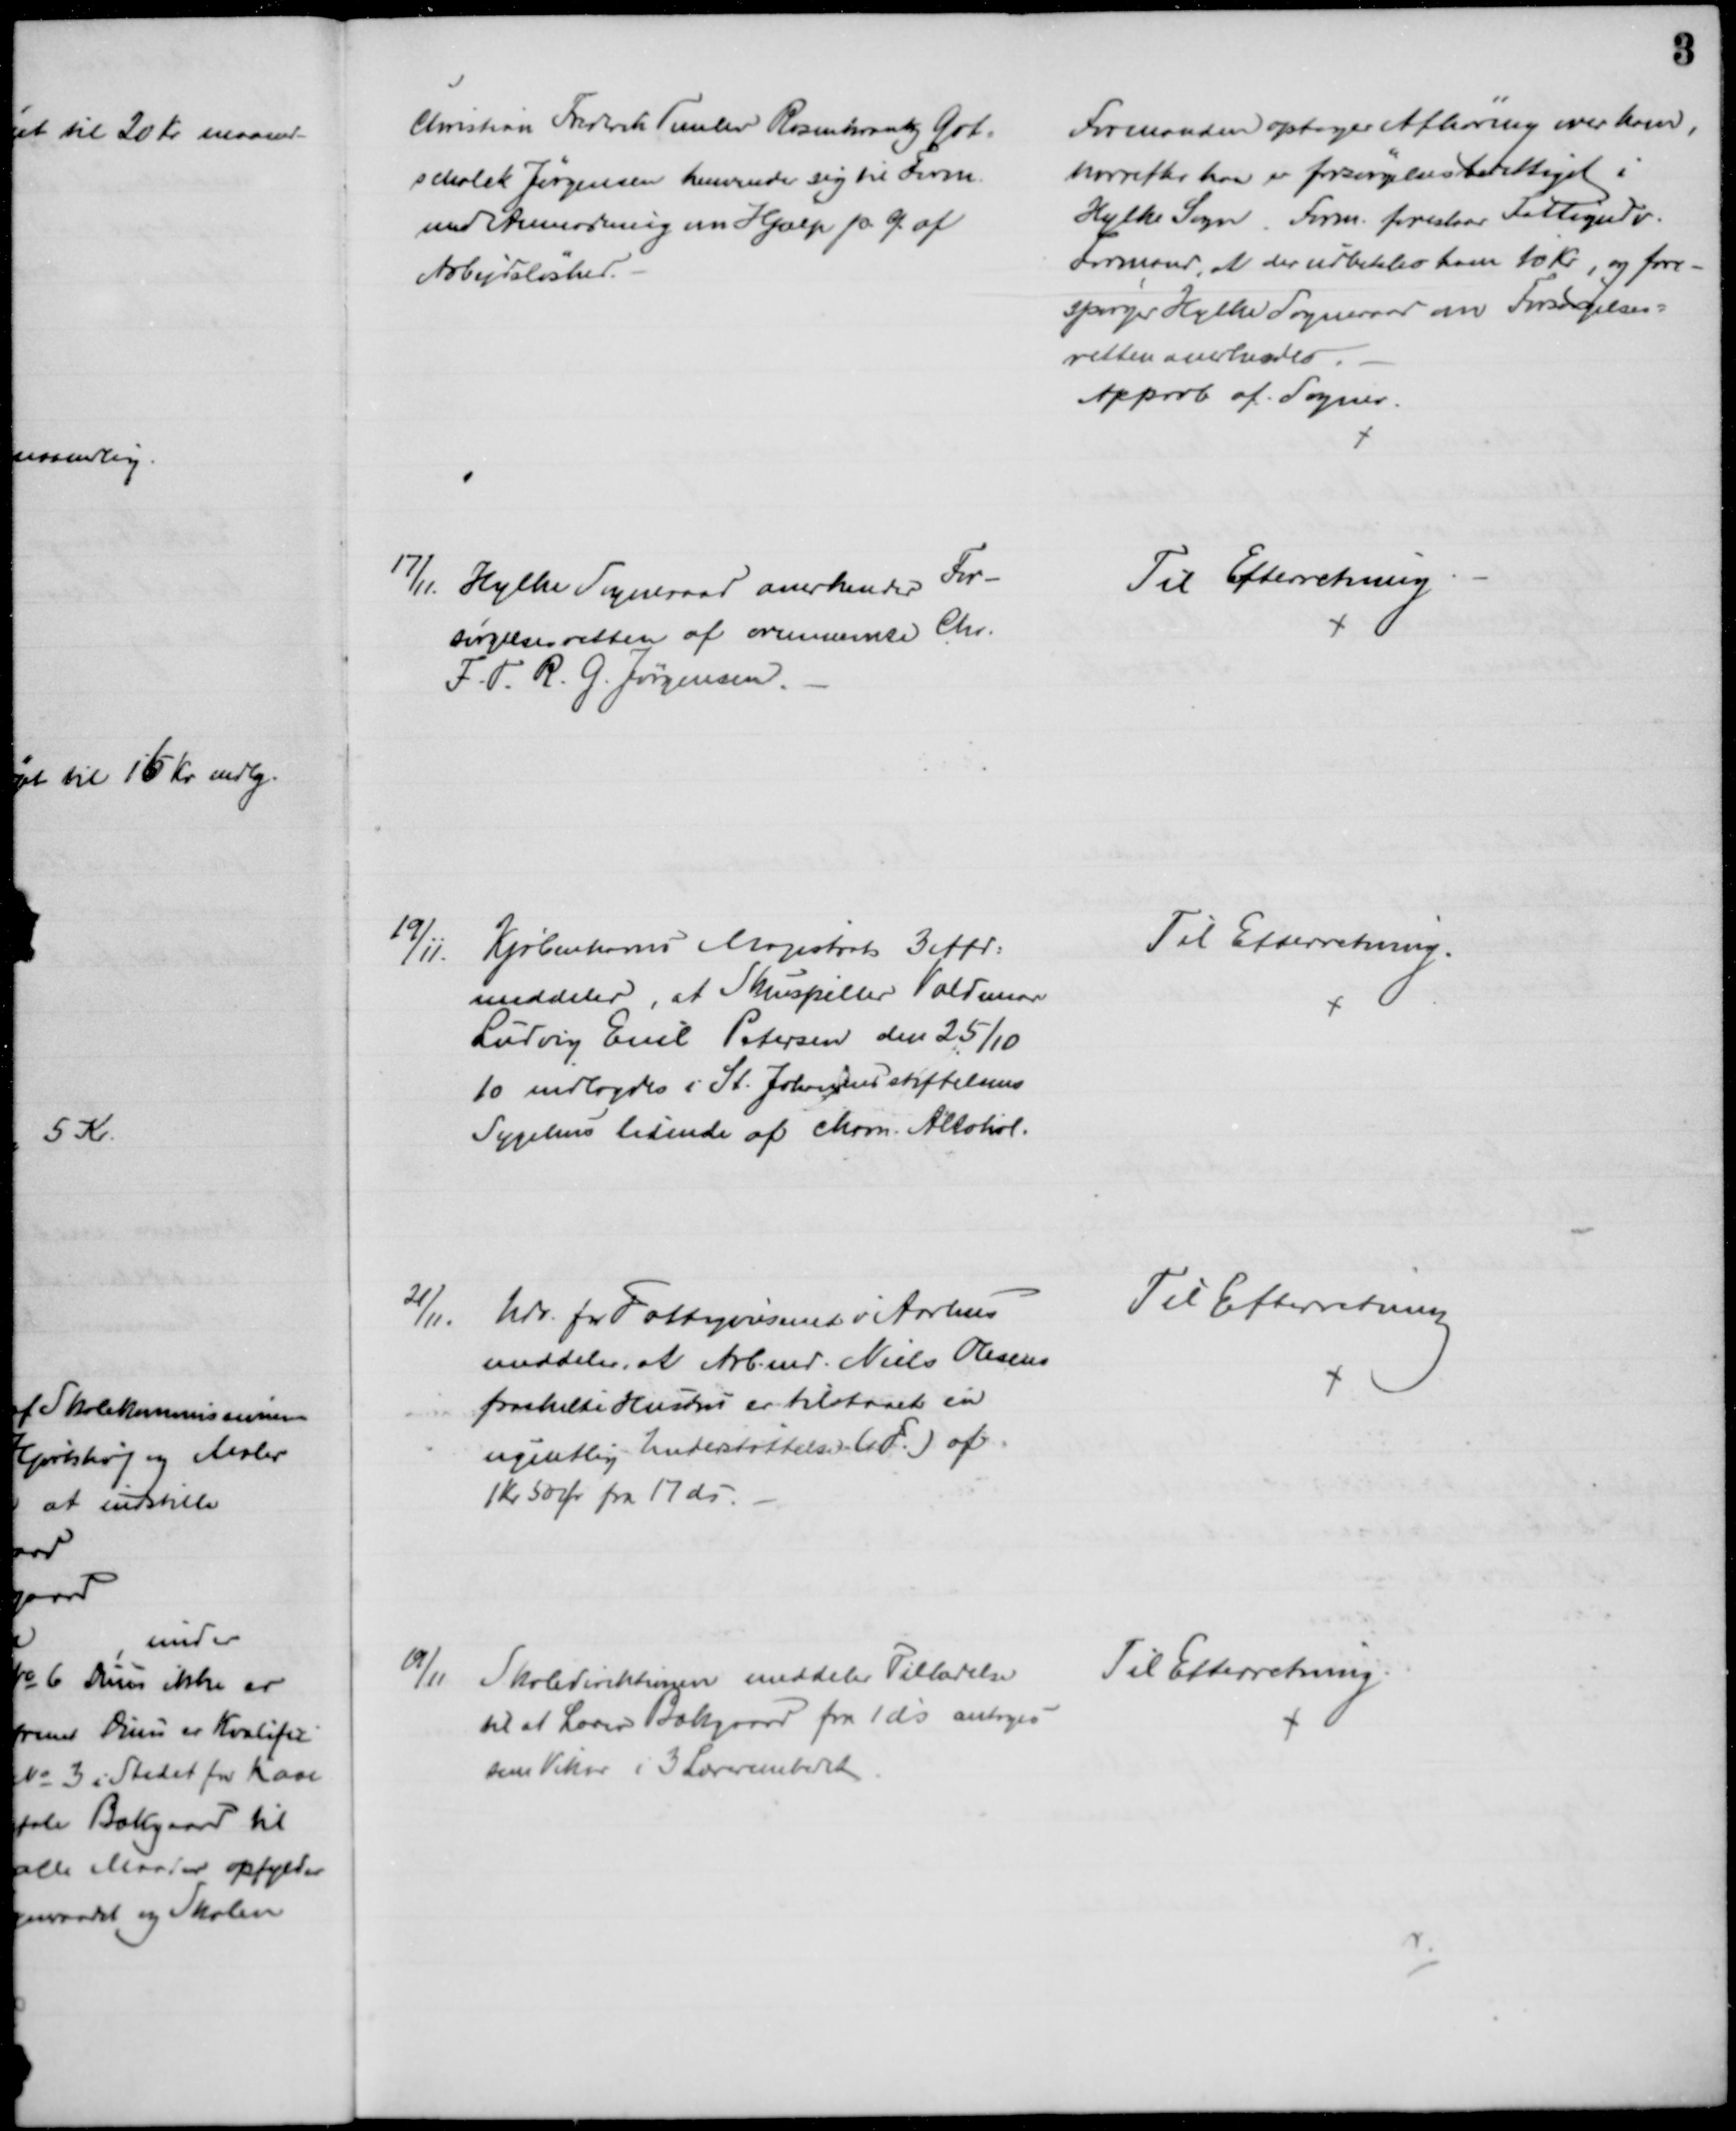
Transskription:
Christian Frederik Temlev Rosenkrantz Got-
schalck Jørgensen henvender sig til Form.
med Anmodning om Hjælp p. G. af
Arbejdsløshed.
Formanden optager Afhøring over ham,
hvorefter han er forsørgelsesberettiget i
Hylke Sogn. Form foreslaar Fattigudv.
Formand, at der udbetales ham 10 Kr., og fore-
spørger Hylke Sogneraad om Forsørgelses=
retten anerkendes.
Approb af Sogner.
17/11. Hylke Sogneraad anerkender For-
sørgelsesretten af ovennævnte Chr.
F. T. R. G. Jørgensen.
Til Efterretning
19/11.
Kjøbenhavns Magistrats 3 Afd:
meddeler, at Skuespiller Valdemar
Ludvig Emil Petersen den 25/10
10 indlagdes i St. Johannes stiftelsens
Sygehus lidende af Chron. Alkohol.
Til Efterretning.
21/11.
Udv. for Fattigvæsenet i Aarhus
meddeler, at Arbmd. Niels Olesens
fraskilte Hustru er tilstaaet en 
ugentlig Understøttelse (F.) af
1 Kr 50 Øre fra 17 ds.
Til Efterretning
19/11
Skoledirektionen meddeler Tilladelse
til at Lærer Bækgaard fra 1 ds antoges
som Vikar i 3 Lærerembedet
Til Efterretning